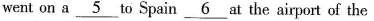
went on a \underline{5} to Spain\underline{4} at the airport of the